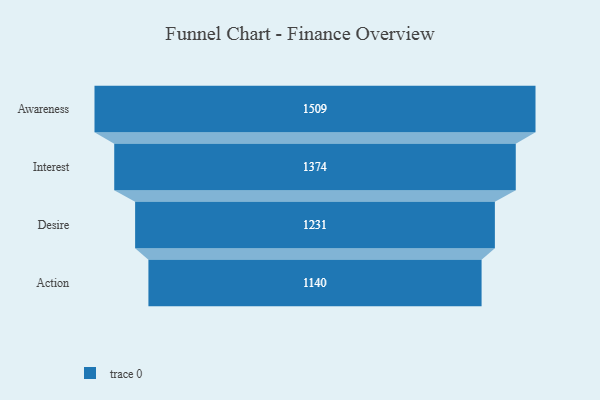
{"axis": {"x": "Stage", "y": "Value"}, "legend": [""], "data": [{"x": "Awareness", "y": 1509.0, "type": ""}, {"x": "Interest", "y": 1374.0, "type": ""}, {"x": "Desire", "y": 1231.0, "type": ""}, {"x": "Action", "y": 1140.0, "type": ""}]}